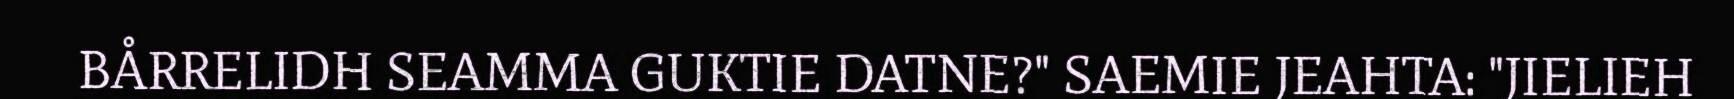
BÅRRELIDH SEAMMA GUKTIE DATNE?" SAEMIE JEAHTA: "JIELIEH